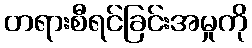
တရားစီရင်ခြင်းအမှုကို